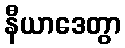
နီယာဒေတွာ